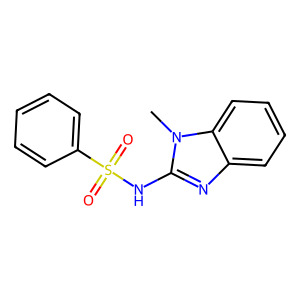
SMILES: Cn1c(NS(=O)(=O)c2ccccc2)nc2ccccc21
Inhibits HIV replication: No